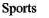
Sports